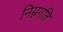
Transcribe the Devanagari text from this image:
निम्नगति